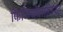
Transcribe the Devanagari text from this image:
फिजियोलाजिस्ट